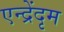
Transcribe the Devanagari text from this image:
एन्द्रेंदृम